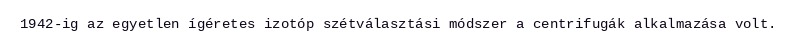
1942-ig az egyetlen ígéretes izotóp szétválasztási módszer a centrifugák alkalmazása volt.